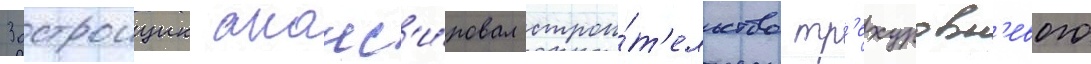
Застроищик анонс'и́ровал строи́т'ельство тр'ехуровн'евого